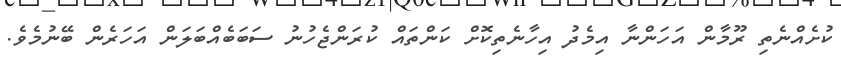
ކުށެއްނެެތި ރޫމާން އަހަންނާ އިމެދު އިހާނެތިކޮށް ކަންތައް ކުރަންޖެހުނު ސަބަބެއްބަލަން އަހަރެން ބޭނުމެވެ.